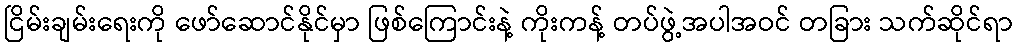
ငြိမ်းချမ်းရေးကို ဖော်ဆောင်နိုင်မှာ ဖြစ်ကြောင်းနဲ့ ကိုးကန့် တပ်ဖွဲ့အပါအဝင် တခြား သက်ဆိုင်ရာ